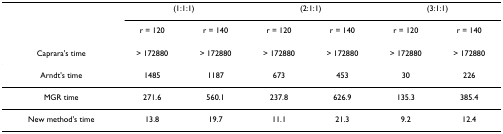
<table><thead><tr><td></td><td colspan="2"><b>(1:1:1)</b></td><td colspan="2"><b>(2:1:1)</b></td><td colspan="2"><b>(3:1:1)</b></td></tr><tr><td></td><td><b>r = 120</b></td><td><b>r = 140</b></td><td><b>r = 120</b></td><td><b>r = 140</b></td><td><b>r = 120</b></td><td><b>r = 140</b></td></tr></thead><tbody><tr><td>Caprara&#x27;s time</td><td>&gt; 172880</td><td>&gt; 172880</td><td>&gt; 172880</td><td>&gt; 172880</td><td>&gt; 172880</td><td>&gt; 172880</td></tr><tr><td>Arndt&#x27;s time</td><td>1485</td><td>1187</td><td>673</td><td>453</td><td>30</td><td>226</td></tr><tr><td>MGR time</td><td>271.6</td><td>560.1</td><td>237.8</td><td>626.9</td><td>135.3</td><td>385.4</td></tr><tr><td>New method&#x27;s time</td><td>13.8</td><td>19.7</td><td>11.1</td><td>21.3</td><td>9.2</td><td>12.4</td></tr></tbody></table>